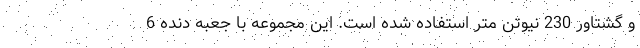
و گشتاور 230 نیوتن متر استفاده شده است. این مجموعه با جعبه دنده 6